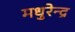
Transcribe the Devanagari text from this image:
मधुरेन्द्र